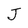
Character: J